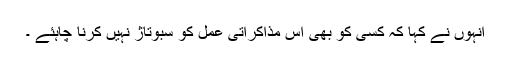
انہوں نے کہا کہ کسی کو بھی اس مذاکراتی عمل کو سبوتاژ نہیں کرنا چاہئے ۔